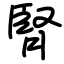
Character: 腎